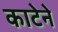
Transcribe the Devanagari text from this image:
काटेने